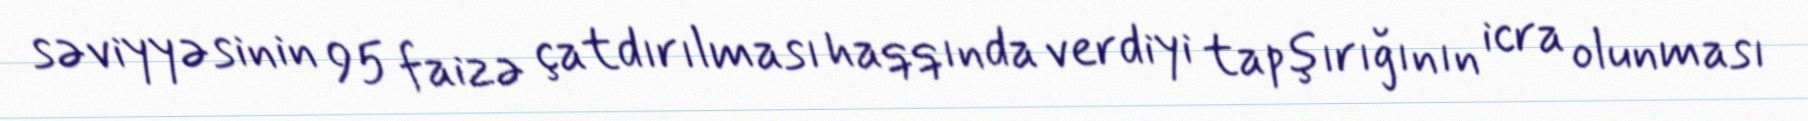
səviyyəsinin 95 faizə çatdırılması haqqında verdiyi tapşırığının icra olunması